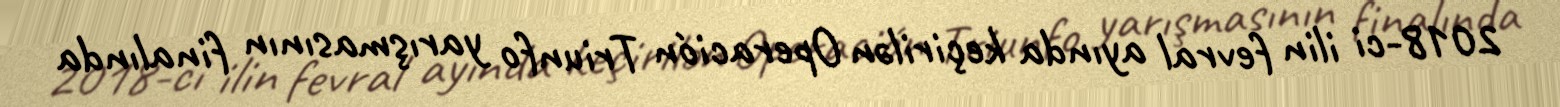
2018-ci ilin fevral ayında keçirilən Operación Triunfo yarışmasının finalında